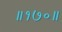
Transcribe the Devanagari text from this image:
॥१७०॥